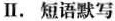
Ⅱ.短语默写